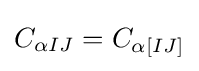
C_{\alpha IJ}=C_{\alpha [IJ]}